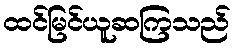
ထင်မြင်ယူဆကြသည်